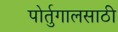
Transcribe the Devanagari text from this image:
पोर्तुगालसाठी